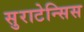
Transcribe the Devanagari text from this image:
सुराटेन्सिस